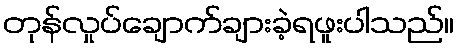
တုန်လှုပ်ချောက်ချားခဲ့ရဖူးပါသည်။